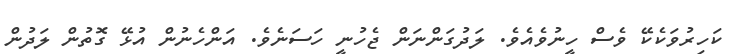
ކަހިރުވަކެކޭ ވެސް ހީނުވެއެވެ. ލަދުގަންނަން ޖެހުނީ ހަސަނެވެ. އަންހެނުން އުޅޭ ގޮތުން ލަދުން